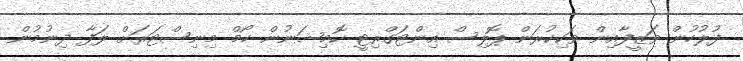
ފުލުހުން ވަޒީފާއިން ވަކިކުރަން ޕޮލިސް އިންޓަގްރިޓީ ކޮމިޝަނުން ހޯމް މިނިސްޓަރަށް ލަފާ ދިނުމުން